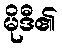
မိုဒီ၏